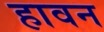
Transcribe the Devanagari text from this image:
हावन